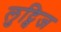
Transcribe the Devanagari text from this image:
लुट्विज